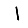
Digit: 1